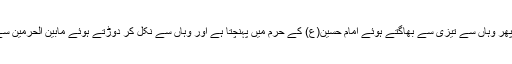
عزاءِ طويريج کا جلوس دوڑتا ہوا پہلے خیام حسینی کے پاس آتا ہے اور پھر وہاں سے تیزی سے بھاگتے ہوئے امام حسین(ع) کے حرم میں پہنچتا ہے اور وہاں سے نکل کر دوڑتے ہوئے مابین الحرمین سے گزر کر علمدار وفا حضرت عباس(ع) کے حرم میں داخل ہو جاتا ہے۔